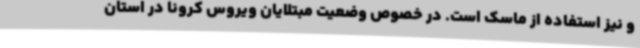
و نیز استفاده از ماسک است. در خصوص وضعیت مبتلایان ویروس کرونا در استان